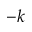
- k